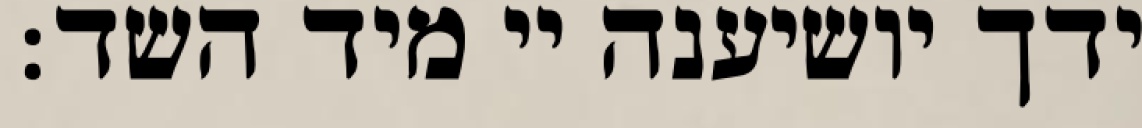
ידך יושיענה יי מיד השד: